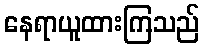
နေရာယူထားကြသည်